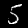
Label: 5